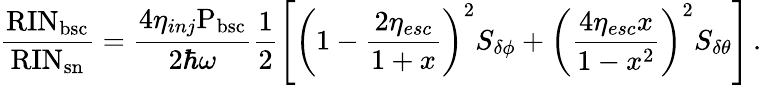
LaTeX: \mathrm{\frac{RIN_{bsc}}{RIN_{sn}}}=\frac{4\eta_{inj}\mathrm{P_{bsc}}}{2\hbar\omega}\frac{1}{2}\left[\left(1-\frac{2\eta_{esc}}{1+x}\right)^{2}S_{\delta\phi}+\left(\frac{4\eta_{esc}x}{1-x^{2}}\right)^{2}S_{\delta\theta}\right]\, .